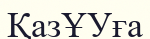
ҚазҰУға